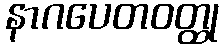
နာဂပေတဝတ္ထု